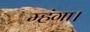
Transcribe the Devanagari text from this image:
म्हंगा।